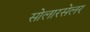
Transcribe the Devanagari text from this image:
सोलारसेलर